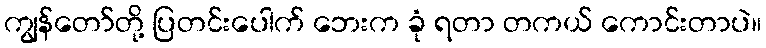
ကျွန်တော်တို့ ပြတင်းပေါက် ဘေးက ခုံ ရတာ တကယ် ကောင်းတာပဲ။